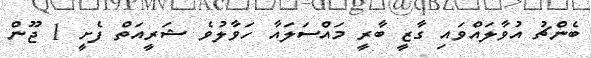
ބެންޗު އުވާލައްވައި ގާޒީ ބާރީ މައްސަލައާ ހަވާލުވެ ޝަރީއަތް ފެށީ 1 ޖޫން